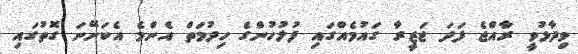
ވިދާޅުވީ ރާއްޖެ ފަދަ ޖަޒީރާ ގައުމެއްގައި ފުލުހުންގެ ހިދުމަތް އެންމެ އެކަށޭނަ ގޮތުގައި